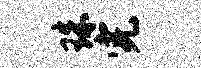
珠完